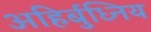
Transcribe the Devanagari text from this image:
अहिर्बुध्निय